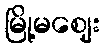
မြို့မဈေး